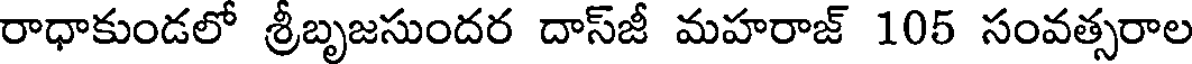
రాధాకుండలో శ్రీబృజసుందర దాస్జీ మహరాజ్ 105 సంవత్సరాల